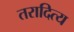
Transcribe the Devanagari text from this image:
तरादित्य